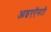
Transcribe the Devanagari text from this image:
आइएऍसटी